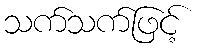
သက်သက်ဖြင့်